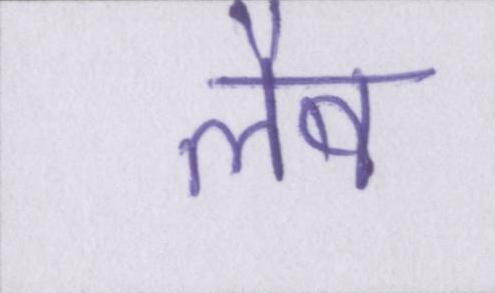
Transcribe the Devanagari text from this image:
लैब